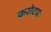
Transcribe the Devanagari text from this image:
करोटयः